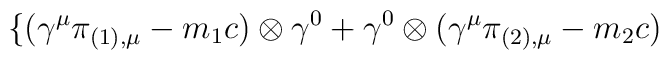
\{ ({\gamma}^{\mu} {\pi}_{(1),\mu} - m_1 c) \otimes {\gamma}^0 +{\gamma}^0 \otimes ({\gamma}^{\mu} {\pi}_{(2),\mu} -m_2 c)